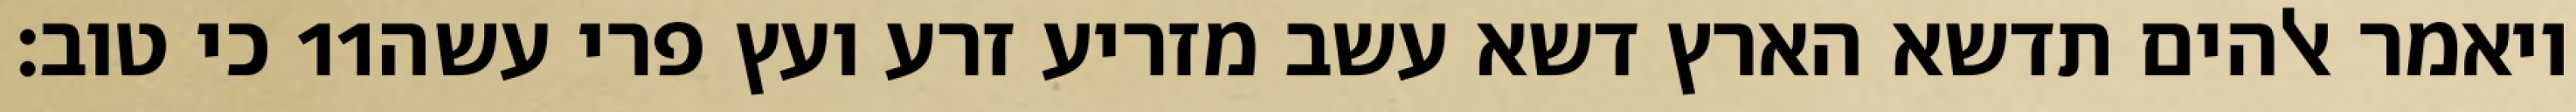
כי טוב׃ ‎11‏ ויאמר אלהים תדשא הארץ דשא עשב מזריע זרע ועץ פרי עשה